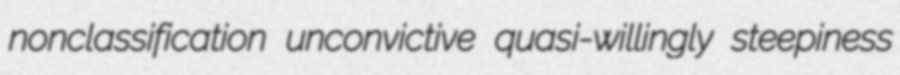
nonclassification unconvictive quasi-willingly steepiness